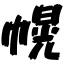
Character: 幌